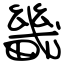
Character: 畿